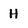
Character: H